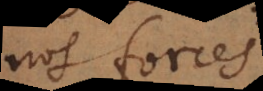
les forces